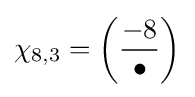
\chi _{8,3}=\left({\frac {-8}{\bullet }}\right)